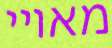
מאויי